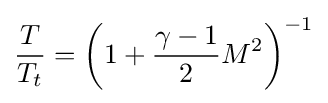
{\frac {T}{T_{t}}}=\left(1+{\frac {\gamma -1}{2}}M^{2}\right)^{-1}